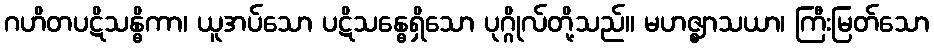
ဂဟိတပဋိသန္ဓိကာ၊ ယူအပ်သော ပဋိသန္ဓေရှိသော ပုဂ္ဂိုလ်တို့သည်။ မဟဇ္ဈာသယာ၊ ကြီးမြတ်သော